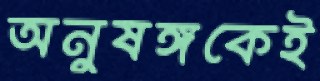
অনুষঙ্গকেই